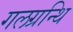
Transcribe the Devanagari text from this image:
गलग्रन्थि